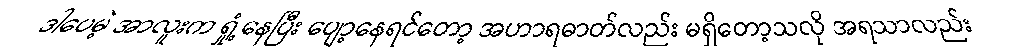
ဒါပေမဲ့ အာလူးက ရှုံ့နေပြီး ပျော့နေရင်တော့ အဟာရဓာတ်လည်း မရှိတော့သလို အရသာလည်း